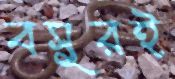
বসুরই